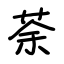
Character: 荼